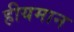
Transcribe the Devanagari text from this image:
हीयमान